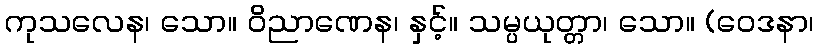
ကုသလေန၊ သော။ ဝိညာဏေန၊ နှင့်။ သမ္ပယုတ္တာ၊ သော။ (ဝေဒနာ၊